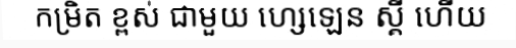
កម្រិត ខ្ពស់ ជាមួយ ហ្សេឡេន ស្គី ហើយ